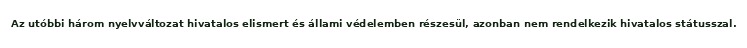
Az utóbbi három nyelvváltozat hivatalos elismert és állami védelemben részesül, azonban nem rendelkezik hivatalos státusszal.